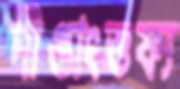
দীপ্তাংশুফ্য